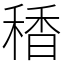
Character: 䅨